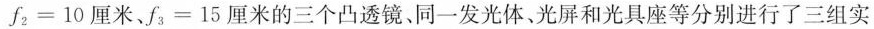
f_{2}=10厘米、f{3}=15厘米的三个凸透镜、同一发光体、光屏和光具座等分别进行了三组实